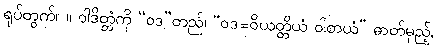
ရုပ်တွက်။ ။ ဝါဒိတ္တံကို “ဝဒ”တည်၊ “ဝဒ=ဝိယတ္တိယံ ဝါစာယံ” ဓာတ်မှည့်,